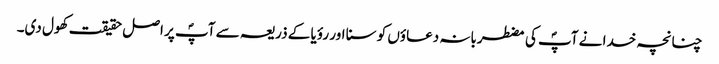
چنانچہ خدا نے آپؐ کی مضطربانہ دعاؤں کو سنا اور رؤیا کے ذریعہ سے آپؐ پر اصل حقیقت کھول دی۔